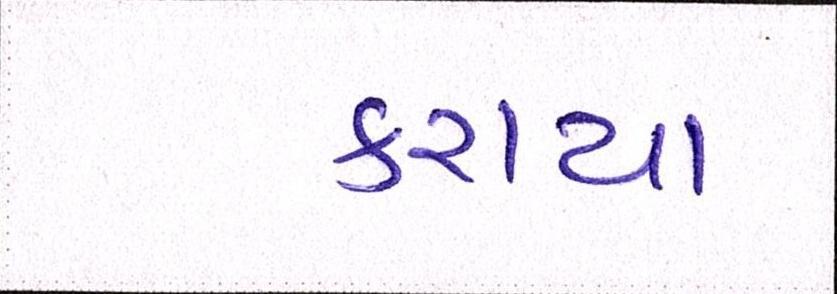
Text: કરાયા